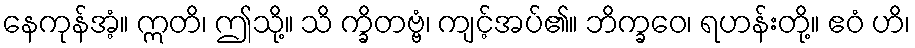
နေကုန်အံ့။ ဣတိ၊ ဤသို့။ သိ က္ခိတဗ္ဗံ၊ ကျင့်အပ်၏။ ဘိက္ခဝေ၊ ရဟန်းတို့။ ဧဝံ ဟိ၊